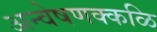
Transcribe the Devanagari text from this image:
अन्वेषणक्कळि